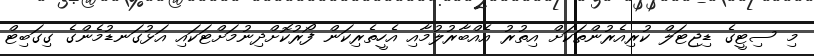
މި ސިޓީގެ ޑިޖިޓަލް ކުރިއެރުންތަކަށް އިތުރު އެއްބާރުލުމާއި އެހީތެރިކަން ފޯރުކޮށްދިނުމަށްޓަކައި އަޅުގަނޑުމެންގެ ގިގަބިޓް